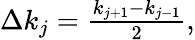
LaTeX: \begin{array}{r}{\Delta k_{j}=\frac{k_{j+1}-k_{j-1}}{2},}\end{array}